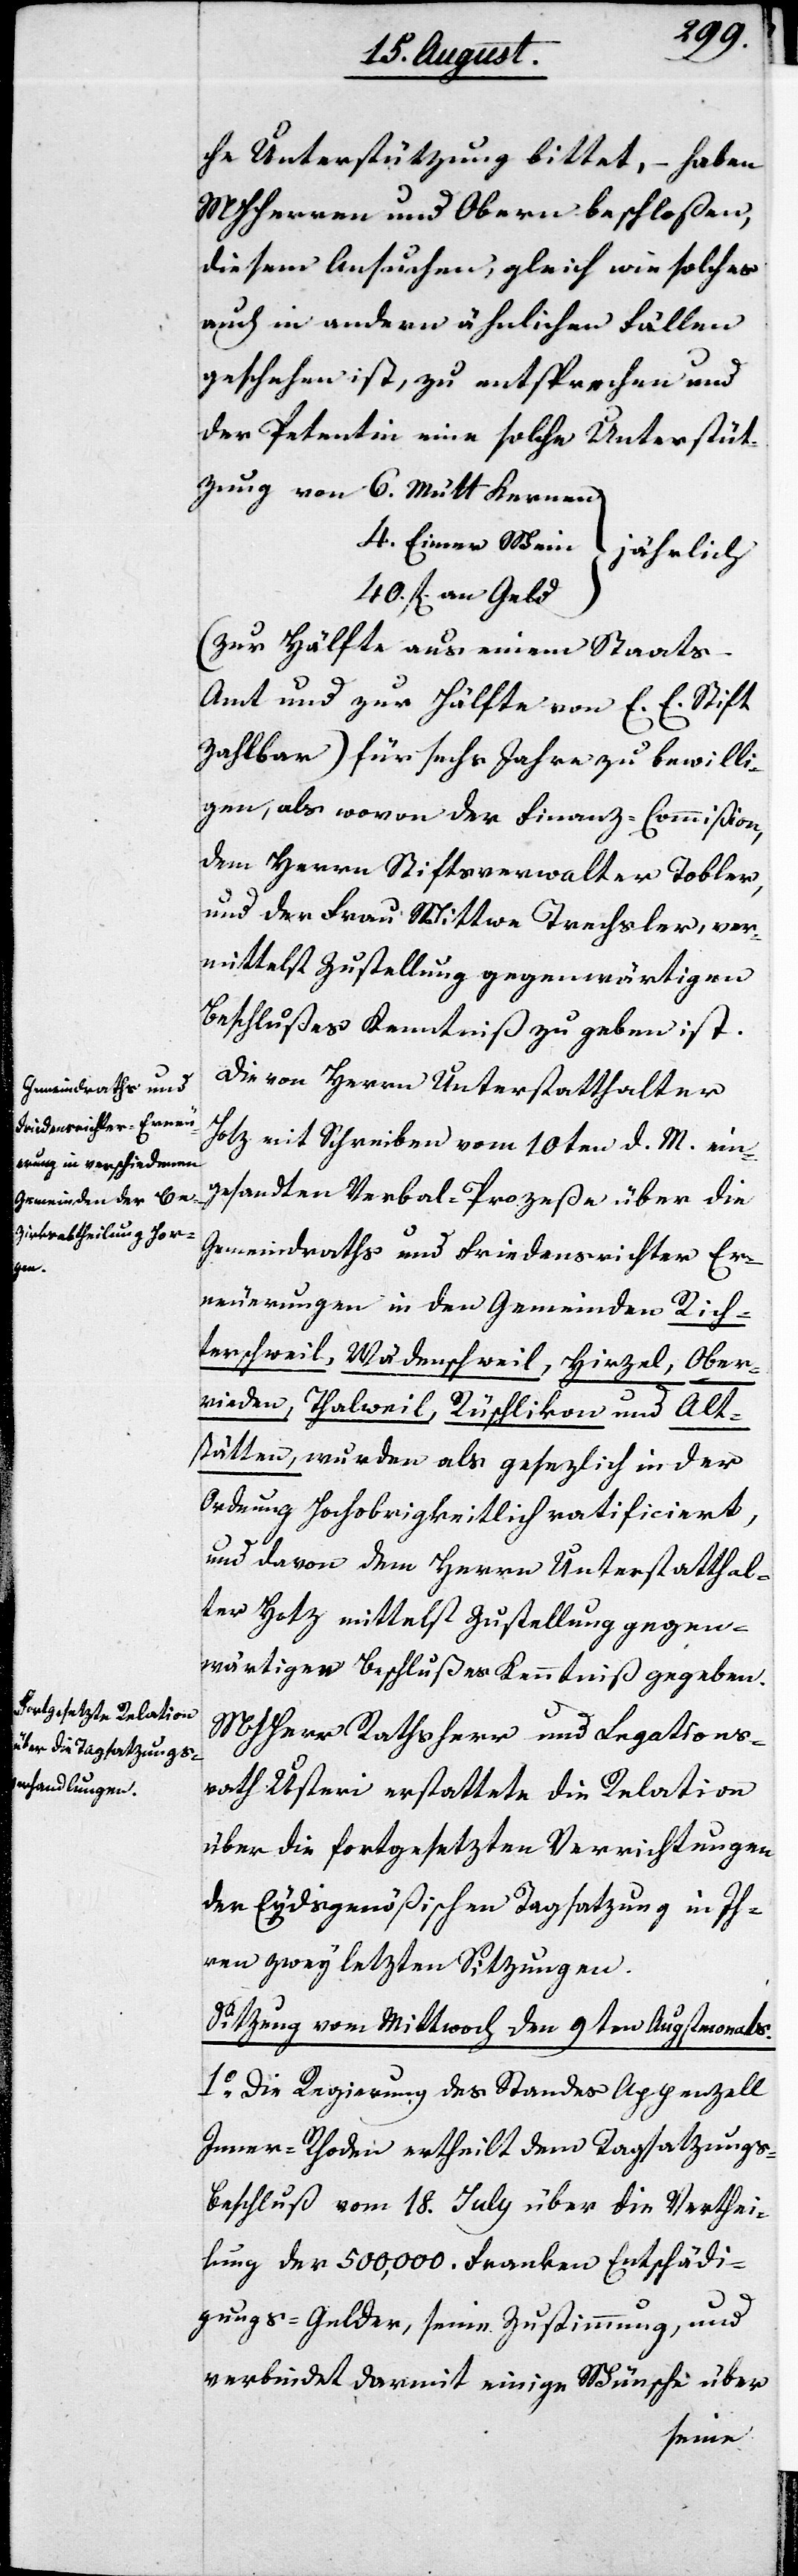
Kernen

che Unterstützung bittet, – haben
MHHerren und Obern beschloßen,
diesem Ansuchen, gleich wie solches
auch in andern ähnlichen Fällen
geschehen ist, zu entsprechen und
der Petentin eine solche Unterstüt¬
4. Eimer Wein	jährlich
40. fl. an Geld
(zur Hälfte aus einem Staats-A¬
mt und zur Hälfte von E. E. Stift
zahlbar) für sechs Jahre zu bewilli¬
gen, als wovon der Finanz-Commißion,
dem Herrn Stiftsverwalter Tobler,
und der Frau Wittwe Trachsler, ver¬
mittelst Zustellung gegenwärtigen
Beschlußes Kenntniß zu geben ist.
Die von Herrn Unterstatthalter
Hotz mit Schreiben vom 10ten d. M. ein¬
gesandten Verbal-Prozeße über die
Gemeindraths und Friedensrichter Er¬
neuerungen in den Gemeinden Rich¬
terschweil, Wädenschweil, Hirzel, Ober¬
rieden, Thalweil, Rüschlikon und
Alt¬
stätten wurden als gesetzlich in der
Ordnung Hochobrigkeitlich ratificiert,
und davon dem Herrn Unterstatthal¬
ter Hotz mittelst Zustellung gegen¬
wärtigen Beschlußes Kenntniß gegeben.
MHHerr Rathsherr und Legations¬
rath Usteri erstattete die Relation
über die fortgesetzten Verrichtungen
der Eydsgenößischen Tagsatzung in Ih¬
ren zwey letzten Sitzungen.
Sitzung vom Mittwoch den 9ten Augstmonats.
1.) Die Regierung des Standes Appenzell
Inner-Rhoden ertheilt dem Tagsatzungs-B¬
eschluß vom 18ten July über die Verthei¬
lung der 500,000. Franken Entschädi¬
gungs-Gelder, seine Zustimmung, und
verbindet darmit einige Wünsche über